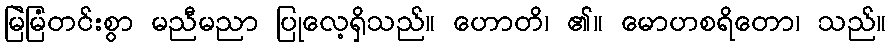
မြဲမြံတင်းစွာ မညီမညာ ပြုလေ့ရှိသည်။ ဟောတိ၊ ၏။ မောဟစရိတော၊ သည်။